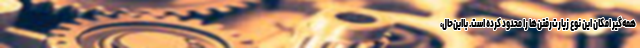
همه‌گیر امکان این نوع زیارت‌رفتن‌ها را محدود کرده است. با‌این‌حال،